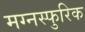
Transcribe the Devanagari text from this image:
मग्नस्फुरिक